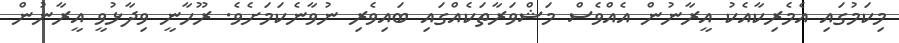
މިކަމުގައި އެމެރިކާއެކު އީރާނުން އެއްވެސް މަޝްވަރާތަކެއްގައި ބައިވެރި ނުވާނެކަމަށެވެ. ރޫހާނީ ވިދާޅުވީ އީރާނުން